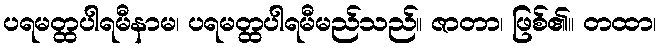
ပရမတ္ထပါရမီနာမ၊ ပရမတ္ထပါရမီမည်သည်။ ဇာတာ၊ ဖြစ်၏။ တထာ၊